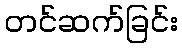
တင်ဆက်ခြင်း